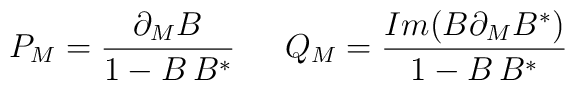
P_M= \frac{\partial_M B}{1-B\,B^*} \,\,\,\,\,\,\,\,\, Q_M=\frac{Im(B\partial_MB^*)}{1-B\,B^*}